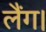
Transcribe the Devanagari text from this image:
लैंग।